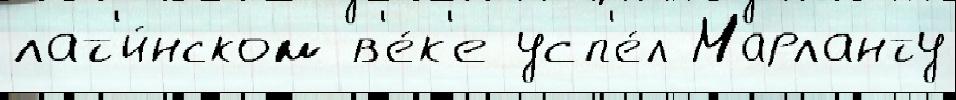
лат'и́нском в'е́к'е усп'е́л Марланту